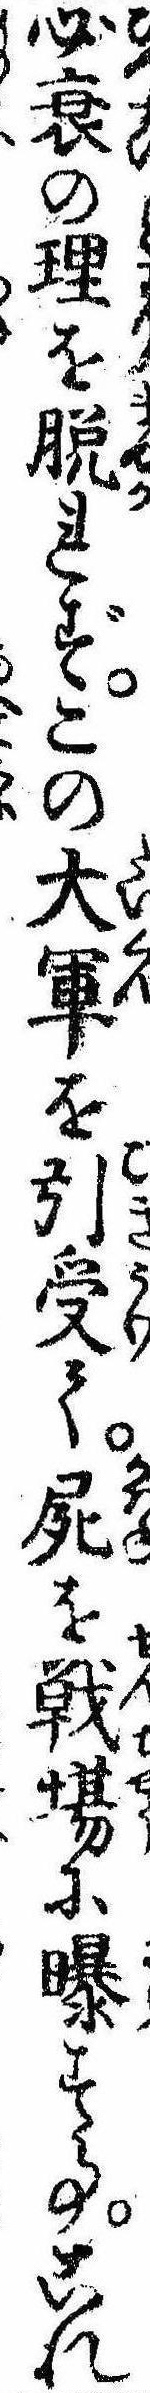
必衰の理を脱れずこの大軍を引受て屍を戦場に曝す事これ